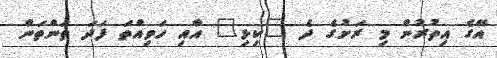
އޭގެ އިތުރުން މި ރަށުގެ ދެ "ކިޅި" އާއި ހަވިއްތަ ފަދަ ތަންތަން